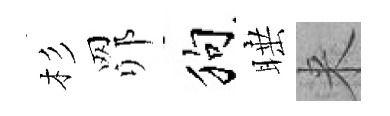
杉𦊑狗睡来